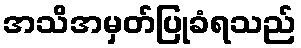
အသိအမှတ်ပြုခံရသည်